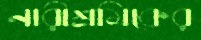
নারীশ্রমিকের